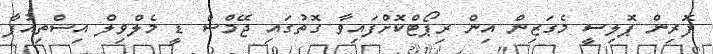
ފޮރިން ޕޮލިސީ މެގަޒިން އިން ރިޕޯޓްކޮށްފައިވާ ގޮތުގައި ޖޭމްސް ޑީ މެލްވިލް އިސްތިއުފާ